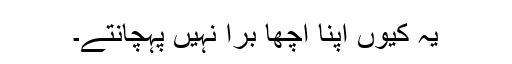
یہ کیوں اپنا اچھا برا نہیں پہچانتے۔